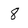
Character: 8